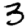
Digit: 3